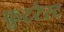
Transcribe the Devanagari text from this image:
फुटरेस्ट